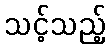
သင့်သည့်